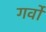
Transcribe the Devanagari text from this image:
गर्वो